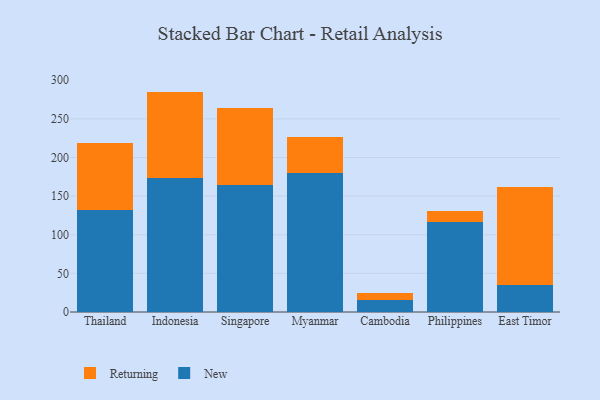
{"axis": {"x": "Country", "y": "Tickets Resolved"}, "legend": ["New", "Returning"], "data": [{"x": "Thailand", "y": 132.3, "type": "New"}, {"x": "Thailand", "y": 86.5, "type": "Returning"}, {"x": "Indonesia", "y": 174.0, "type": "New"}, {"x": "Indonesia", "y": 111.3, "type": "Returning"}, {"x": "Singapore", "y": 164.1, "type": "New"}, {"x": "Singapore", "y": 100.5, "type": "Returning"}, {"x": "Myanmar", "y": 179.3, "type": "New"}, {"x": "Myanmar", "y": 47.7, "type": "Returning"}, {"x": "Cambodia", "y": 15.8, "type": "New"}, {"x": "Cambodia", "y": 8.7, "type": "Returning"}, {"x": "Philippines", "y": 116.5, "type": "New"}, {"x": "Philippines", "y": 14.3, "type": "Returning"}, {"x": "East Timor", "y": 35.3, "type": "New"}, {"x": "East Timor", "y": 127.0, "type": "Returning"}]}